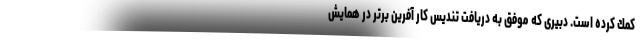
كمك كرده است. دبیری که موفق به دریافت تندیس کار آفرین برتر در همایش